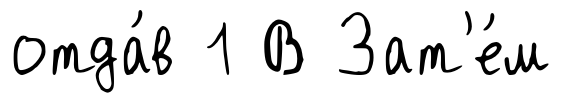
отда́в 1 В Зат'е́м